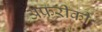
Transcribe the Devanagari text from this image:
अफ्ररीकी